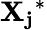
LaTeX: \mathbf{X_{j}}^{*}